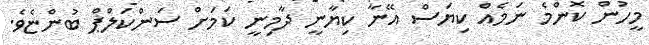
މީހުން ކޮންމެ ނަމެއް ކިޔަސް އޭނާ ކިޔާނީ ދާމިނީ ކަމަށް ސަންކަލްޕް ބުންޏެވެ.